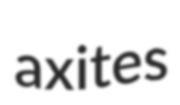
axites